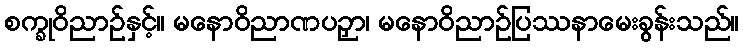
စက္ခုဝိညာဉ်နှင့်။ မနောဝိညာဏပဉှာ၊ မနောဝိညာဉ်ပြဿနာမေးခွန်းသည်။